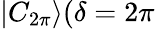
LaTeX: |C_{2\pi}\rangle(\delta=2\pi